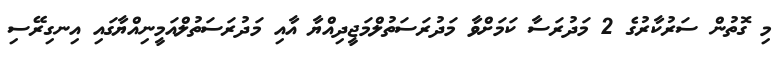
މި ގޮތުން ސަރުކާރުގެ 2 މަދުރަސާ ކަމަށްވާ މަދުރަސަތުލްމަޖީދިއްޔާ އާއި މަދުރަސަތުލްއަމީނިއްޔާގައި އިނގިރޭސި